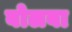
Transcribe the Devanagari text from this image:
बोलबा